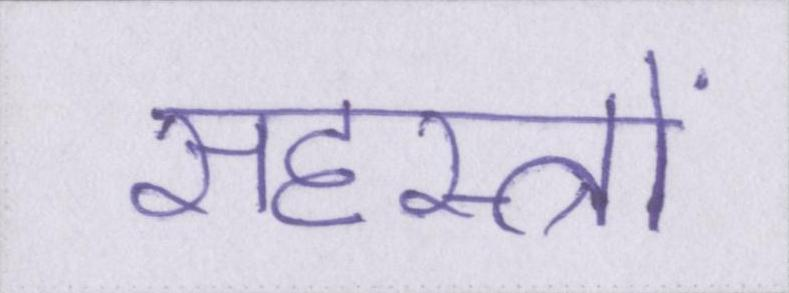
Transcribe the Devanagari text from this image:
सहस्त्रों